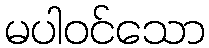
မပါဝင်သော